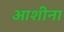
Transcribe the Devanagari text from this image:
आशीना